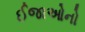
ઈજાઓનો